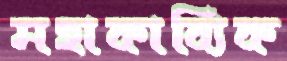
মহাকাব্যিক